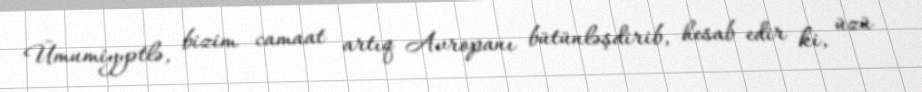
Ümumiyyətlə, bizim camaat artıq Avropanı bütünləşdirib, hesab edir ki, üzü